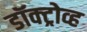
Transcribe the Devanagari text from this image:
डॉक्ट्रोव्ह